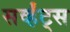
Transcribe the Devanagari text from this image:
सर्व्हंट्स